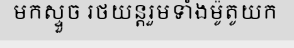
មកស្ទួច រថយន្តរួមទាំងម៉ូតូយក